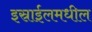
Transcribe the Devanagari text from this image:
इस्राईलमधील